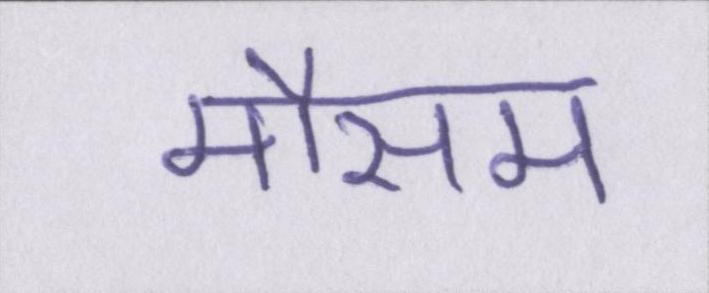
मौसम